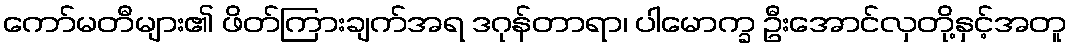
ကော်မတီများ၏ ဖိတ်ကြားချက်အရ ဒဂုန်တာရာ၊ ပါမောက္ခ ဦးအောင်လှတို့နှင့်အတူ